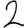
Digit: 2